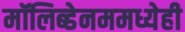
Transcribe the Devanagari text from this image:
मॉलिब्डेनममध्येही